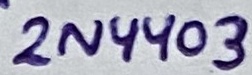
Text: 2N4403